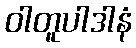
ဝါတူပါဒါနံ